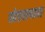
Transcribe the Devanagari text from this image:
सोडवल्यावर